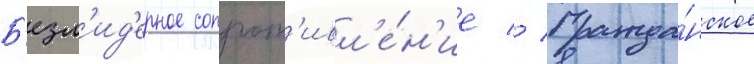
Б'езл'ид'ерное сопрот'ивл'е́н'ие // Гражда́нское